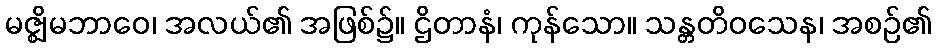
မဇ္ဈိမဘာဝေ၊ အလယ်၏ အဖြစ်၌။ ဌိတာနံ၊ ကုန်သော။ သန္တတိဝသေန၊ အစဉ်၏